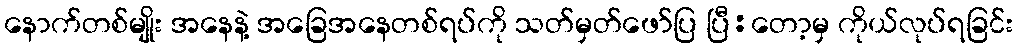
နောက်တစ်မျိုး အနေနဲ့ အခြေအနေတစ်ရပ်ကို သတ်မှတ်ဖော်ပြ ပြီ:တော့မှ ကိုယ်လုပ်ရခြင်း